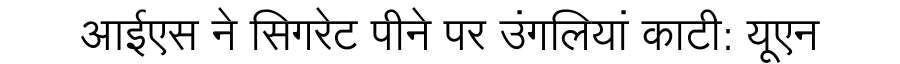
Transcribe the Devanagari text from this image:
आईएस ने सिगरेट पीने पर उंगलियां काटी: यूएन